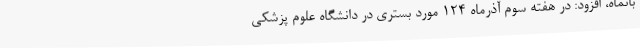
بانماه، افزود: در هفته سوم آذرماه 124 مورد بستری در دانشگاه علوم پزشکی